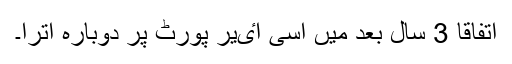
اتفاقاً 3 سال بعد میں اسی اٸیر پورٹ پر دوبارہ اترا۔